Karksi_vallavalitsus, lk 14
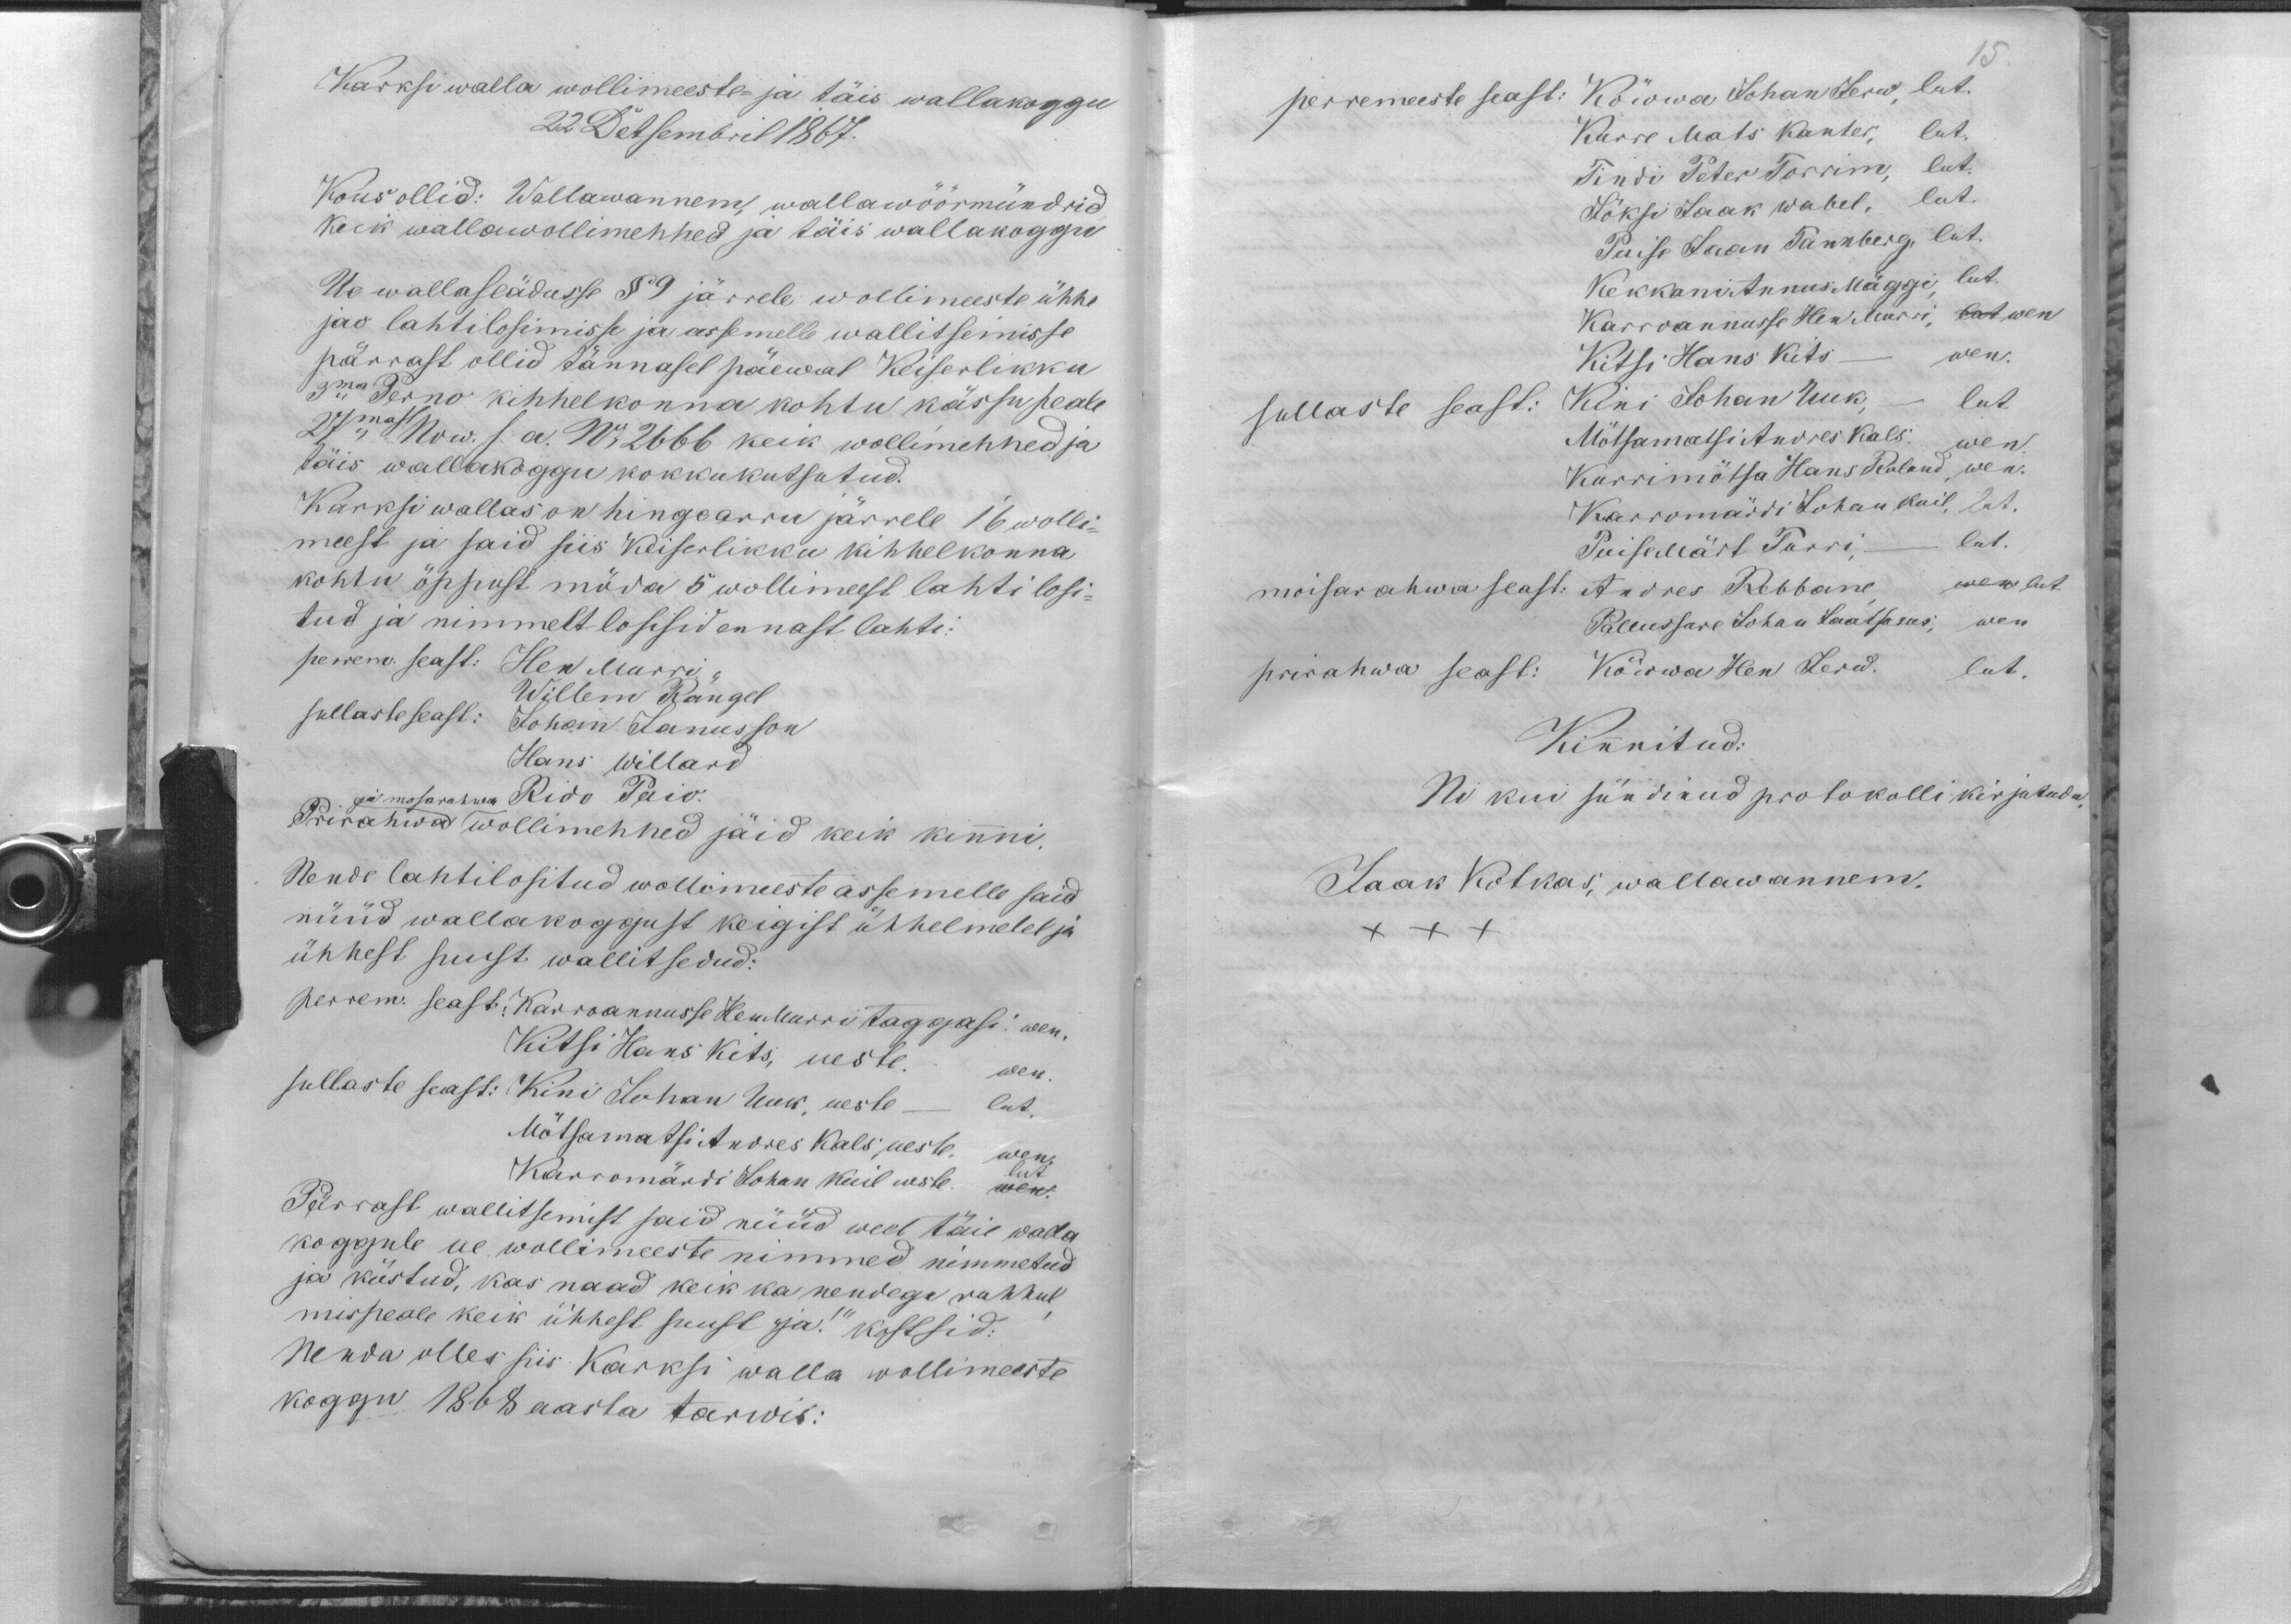
Karksi walla wollimeeste ja täis wallakoggu
22 Detsembril 1867.
Kous ollid: Wallawannem, wallawöörmündrid
keik wallawollimehhed ja täis wallakoggu
Ue wallaseädusse §9 järrele wollimeeste ühhe
jao lahtilosimisse ja assemelle wallitsemisse
pärrast ollid tännasel päewal Keiserlikku
3ma Perno kihhelkonna kohtu kässu peale
27mast Now. s. a. No 2666 keik wollimehhed ja
täis wallakoggu kokkukutsutud.
Karksi wallas on hingearru järrele 16 wolli-
meest ja said siis Keiserlikku kihhelkonna
kohtu õppust möda 5 wollimeest lahti losi-
tud ja nimmelt losisid ennast lahti:
perrem. seast: Hen Murri
Willem Rängel
sullaste seast: Johan Janusson
Hans Willard
Rido Paiv.
ja mosarahwa
Prirahwa wollimehhed jäid keik kinni.
Nende lahtilositud wollimeeste assemelle said
nüüd wallakoggust keigist ühhelmelel ja
ühhest suust wallitsedud:
perrem. seast: Karroannusse Hen Murri taggasi wen.
Kitsi Hans Kits, ueste. wen.
sullaste seast: Kini Johan Uuk, ueste - lut.
Mõtsamatsi Andres Kals, ueste. wen.
lut
Karromärdi Johan Kuil ueste. wen.
Pärrast wallitsemist said nüüd weel täie walla
koggule ue wollimeeste nimmed nimmetud
ja küstud, kas naad keik ka nendega rahhul
mispeale keik ühhest suust "ja!" kostsid:
Nenda olles siis Kaksi walla wollimeeste
koggu 1868 aasta tarwis:

15
perremeeste seast: Kõwwa Johan Jerw, lut.
Kurre Mats Kanter, lut.
Tindi Peter Torrim, lut.
Jõksi Jaak Wabel, lut.
Puise Jaan Tannberg, lut.
Kekkani Annus Mäggi, lut.
Karroannusse Hen Murri, lut wen
Kitsi Hans Kits - wen.
sullaste seast: Kini Johan Uuk, - lut.
Mõtsamatsi Andres Kals. wen
Kurrimõtsa Hans Roland, wen.
Karromärdi Johan Ruil, lut.
Puise Märt Turri, - lut.
moisarahwa seast: Andres Rebbane wen lut
Pallussare Johan Laatsarus, wen
prirahwa seast: Kõwwa Hen Jerw. lut.
Kinnitud:
Ni kui sündinud protokolli kirjutada.
Jaak Kotkas; wallawannem.
XXX